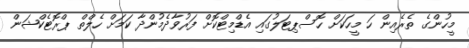
މީހުންގެ ތެރެއިން ހަ މީހަކަށް ހޮސްޕިޓަލުގައި އެޑްމިޓްކޮށް ފަރުވާދެމުންދާ ކަމަށް ހެލްތް ޕްރޮޓެކްޝަން